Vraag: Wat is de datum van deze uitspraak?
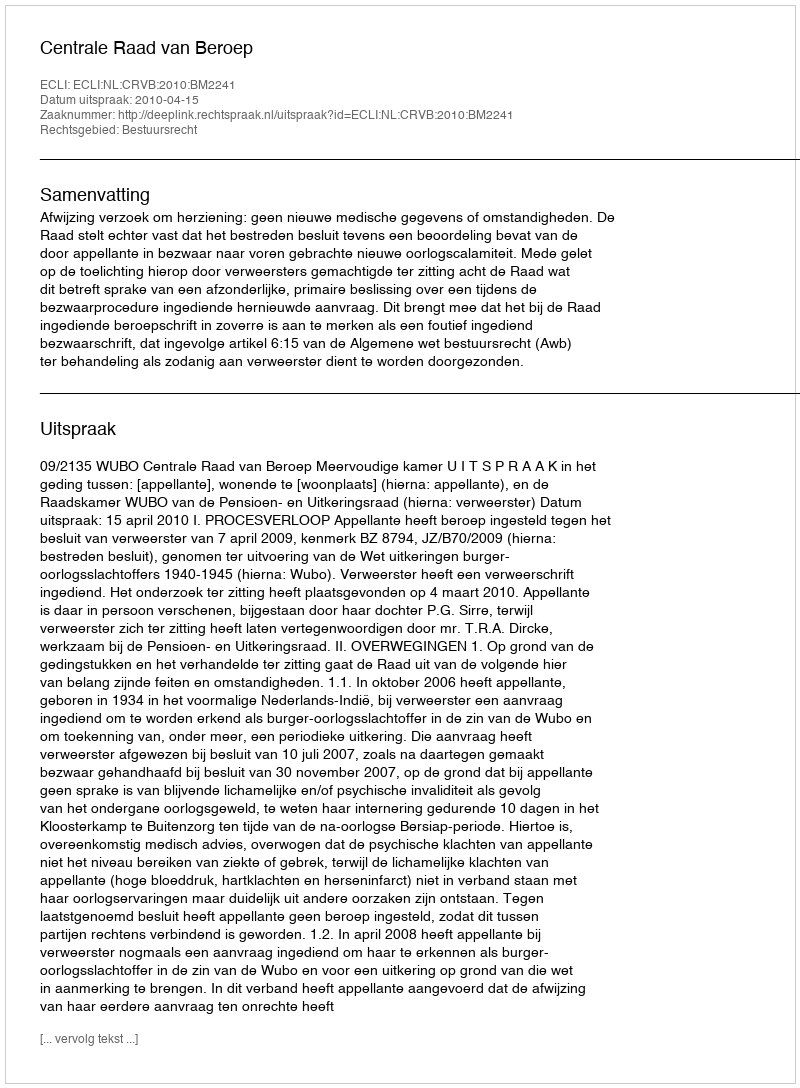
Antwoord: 2010-04-15